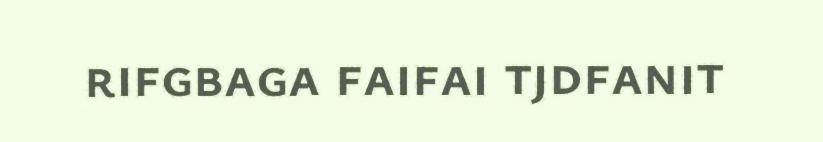
rifgbaga faifai tjdfanit